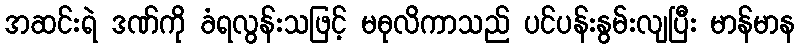
အဆင်းရဲ ဒဏ်ကို ခံရလွန်းသဖြင့် မဓုလိကာသည် ပင်ပန်းနွမ်းလျပြီး မာန်မာန